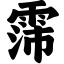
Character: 霈